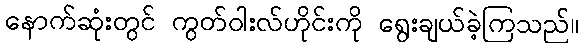
နောက်ဆုံးတွင် ကွတ်ဝါးလ်ဟိုင်းကို ရွေးချယ်ခဲ့ကြသည်။